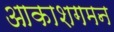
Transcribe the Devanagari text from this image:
आकाशगमन